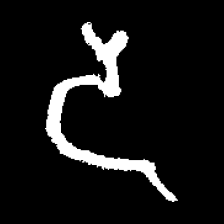
Pyu character \u2014 Myanmar letter: ဒ (romanized: da)